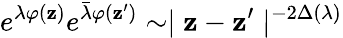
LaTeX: e^{\lambda\varphi(\mathbf{z})}e^{\bar{{\lambda}}\varphi(\mathbf{z}^{\prime})}\sim\mid\mathbf{z}-\mathbf{z}^{\prime}\mid^{-2\Delta(\lambda)}